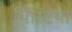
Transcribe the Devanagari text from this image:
पिस्टिया